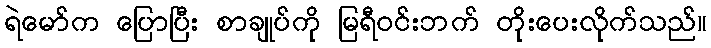
ရဲမော်က ပြောပြီး စာချုပ်ကို မြရီဝင်းဘက် တိုးပေးလိုက်သည်။